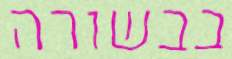
בבשורה